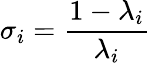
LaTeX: \sigma_{i}=\frac{1-\lambda_{i}}{\lambda_{i}}